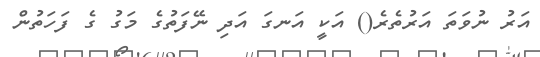
އަރު ނުވަތަ އަރުތެރެ() އަކީ އަނގަ އަދި ނޭފަތުގެ މަގު ގެ ފަހަތުން